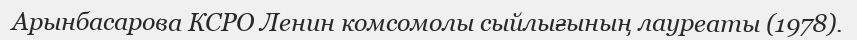
Арынбасарова КСРО Ленин комсомолы сыйлығының лауреаты (1978).